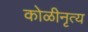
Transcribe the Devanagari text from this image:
कोळीनृत्य